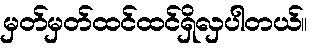
မှတ်မှတ်ထင်ထင်ရှိလှပါတယ်။